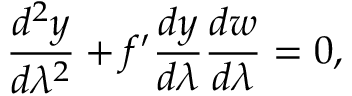
\frac { d ^ { 2 } y } { d \lambda ^ { 2 } } + f ^ { \prime } \frac { d y } { d \lambda } \frac { d w } { d \lambda } = 0 ,